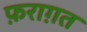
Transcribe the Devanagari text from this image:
फ़राग़त